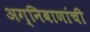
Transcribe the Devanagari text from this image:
अग्निबाणांची